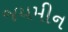
જયમીન